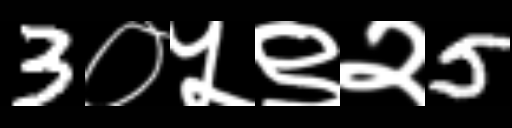
Text: 3०५९२5